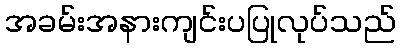
အခမ်းအနားကျင်းပပြုလုပ်သည်